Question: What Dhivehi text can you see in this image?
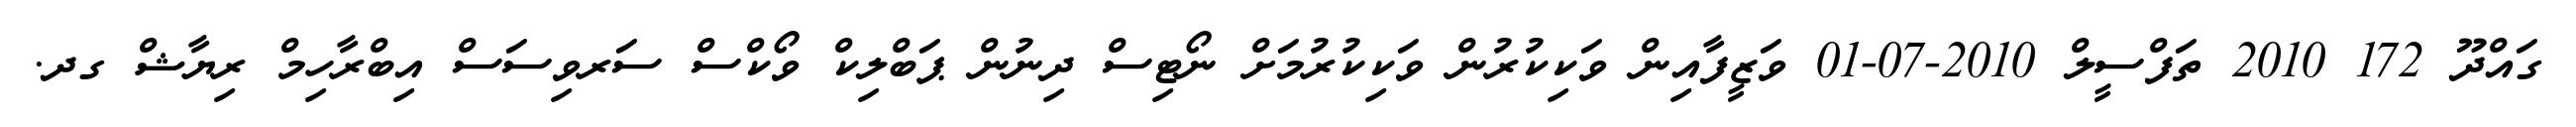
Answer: ގައްދޫ 172 2010 ތަފްސީލް 2010-07-01 ވަޒީފާއިން ވަކިކުރުން ވަކިކުރުމަށް ނޯޓިސް ދިނުން ޕަބްލިކް ވޯކްސް ސަރވިސަސް އިބްރާހިމް ރިޔާޝް ގދ.